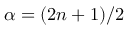
\alpha = ( 2 n + 1 ) / 2